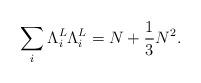
LaTeX: \begin{align*}\sum_{i}{\Lambda}_i^L{\Lambda}_i^L=N+\frac{1}{3}N^2.\end{align*}